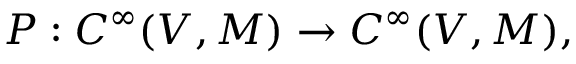
P : C ^ { \infty } ( V , M ) \rightarrow C ^ { \infty } ( V , M ) ,